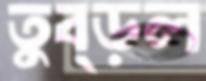
তুব্‌ড়ল